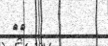
٨٤